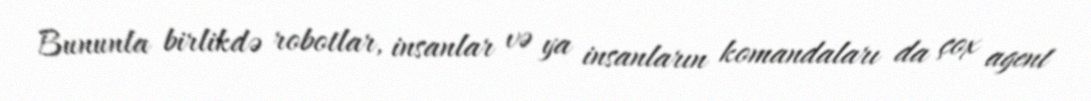
Bununla birlikdə robotlar, insanlar və ya insanların komandaları da çox agent